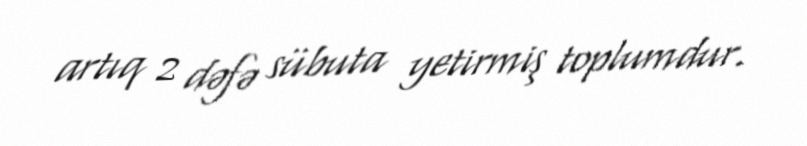
artıq 2 dəfə sübuta yetirmiş toplumdur.